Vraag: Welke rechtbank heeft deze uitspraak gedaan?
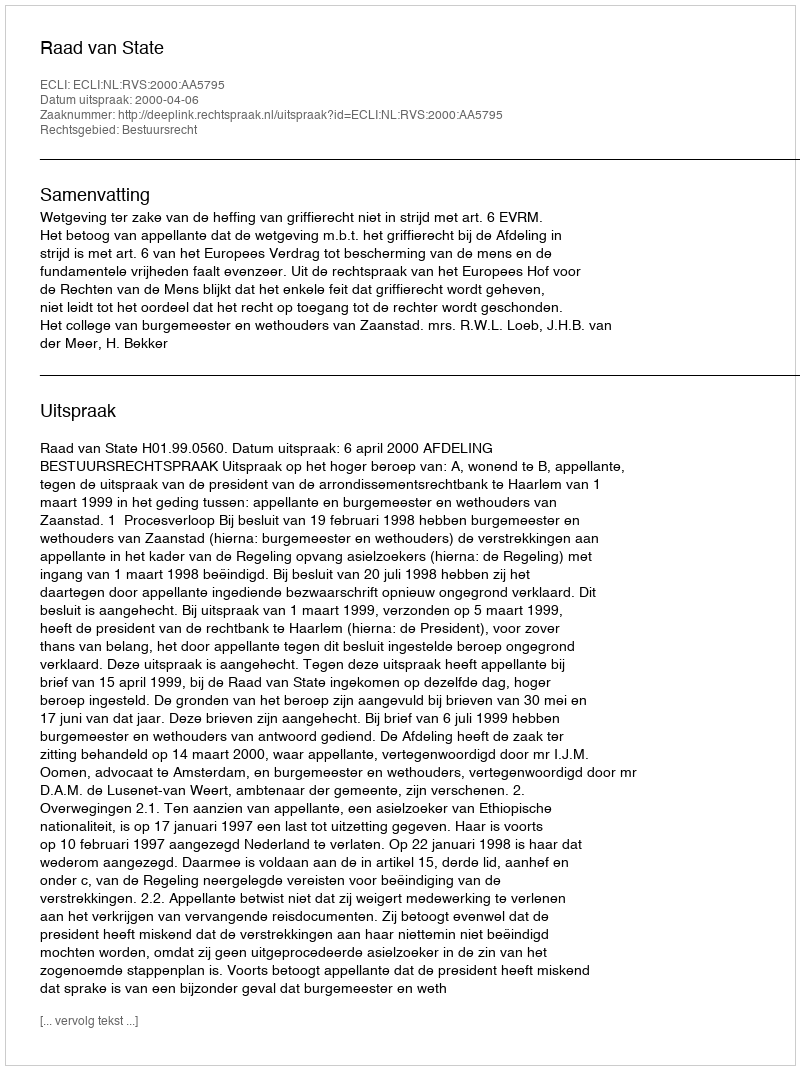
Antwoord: Raad van State